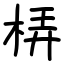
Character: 梇